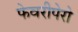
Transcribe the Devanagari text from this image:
फेवरीपेरो